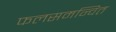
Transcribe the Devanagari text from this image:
फलसमन्वित